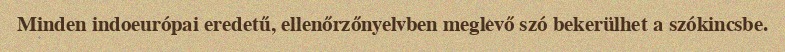
Minden indoeurópai eredetű, ellenőrzőnyelvben meglevő szó bekerülhet a szókincsbe.